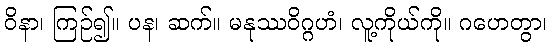
ဝိနာ၊ ကြဉ်၍။ ပန၊ ဆက်။ မနုဿဝိဂ္ဂဟံ၊ လူ့ကိုယ်ကို။ ဂဟေတွာ၊